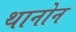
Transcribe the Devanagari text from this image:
थानोन